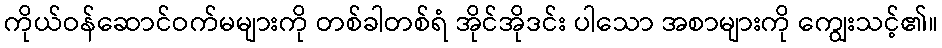
ကိုယ်ဝန်ဆောင်ဝက်မများကို တစ်ခါတစ်ရံ အိုင်အိုဒင်း ပါသော အစာများကို ကျွေးသင့်၏။